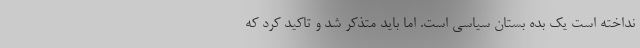
نداخته است یک بده بستان سیاسی است. اما باید متذکر شد و تاکید کرد که